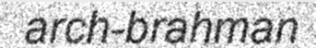
arch-brahman